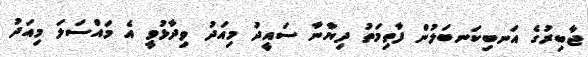
ޖާބިރުގެ އަނބިކަނބަލުން ފާތިމަތު ދިޔާނާ ސައީދު މިއަދު ވިދާޅުވީ އެ މައްސަލަ މިއަދު